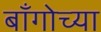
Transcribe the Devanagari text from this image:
बाँगोच्या